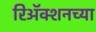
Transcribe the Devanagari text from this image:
रिअॅक्शनच्या